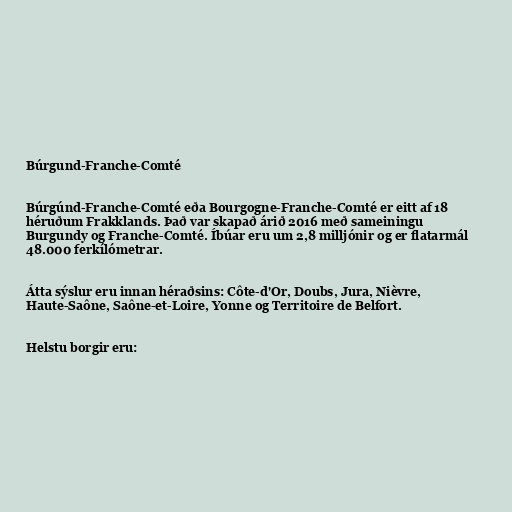
Búrgund-Franche-Comté

Búrgúnd-Franche-Comté eða Bourgogne-Franche-Comté er eitt af 18
héruðum Frakklands. Það var skapað árið 2016 með sameiningu
Burgundy og Franche-Comté. Íbúar eru um 2,8 milljónir og er flatarmál
48.000 ferkílómetrar.

Átta sýslur eru innan héraðsins: Côte-d'Or, Doubs, Jura, Nièvre,
Haute-Saône, Saône-et-Loire, Yonne og Territoire de Belfort.

Helstu borgir eru: